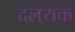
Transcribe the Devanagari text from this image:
दलयक